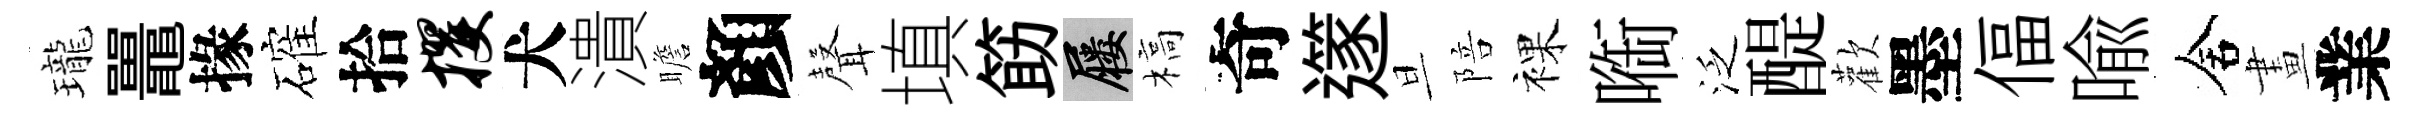
瓏鼉掾確拾攫犬潰瞻顏𮋻填筯屨槁奇𨗹旦陪裸㗸泛醍歡墨偪喩舍畫業